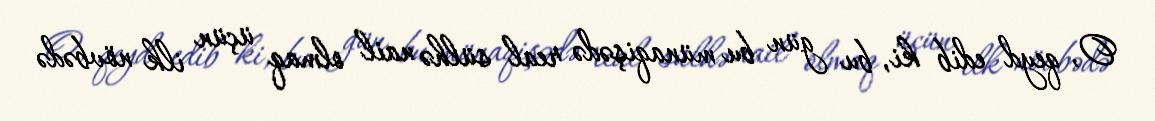
O, qeyd edib ki, bu gün bu münaqişədə real sülhə nail olmaq üçün ilk növbədə